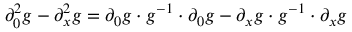
\partial _ { 0 } ^ { 2 } g - \partial _ { x } ^ { 2 } g = \partial _ { 0 } g \cdot g ^ { - 1 } \cdot \partial _ { 0 } g - \partial _ { x } g \cdot g ^ { - 1 } \cdot \partial _ { x } g